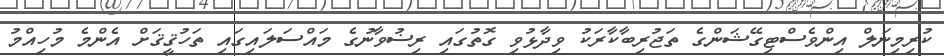
ކުރިމިނަލް އިންވެސްޓިގޭޝަންގެ ތަޖުރިބާކާރަކު ވިދާޅުވި ގޮތުގައި ރިޟުވާނުގެ މައްސަލައިގައި ތަހުޤީޤަށް އެންމެ މުހިއްމު